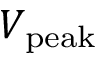
V _ { \mathrm { p e a k } }